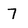
Character: 7